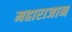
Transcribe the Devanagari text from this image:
महाराजान